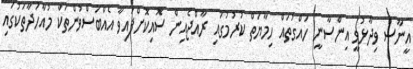
އީނާސް ވިދާޅުވީ އިންސާނީ ހައްގުތައް ހިމާޔަތް ކުރުމުގައި ރާއްޖެއިން ސޮއިކޮށްފައިވާ އެއްބަސްވުންތަކާ މުއާހަދާތަކުގައި